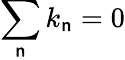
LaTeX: \sum_{\mathsf{n}}k_{\mathsf{n}}=0